Report on sanitation, dispensaries, and jails in Rajputana for 1915, and on vaccination for the year 1915-1916 - 1915-1916
Year: 1915
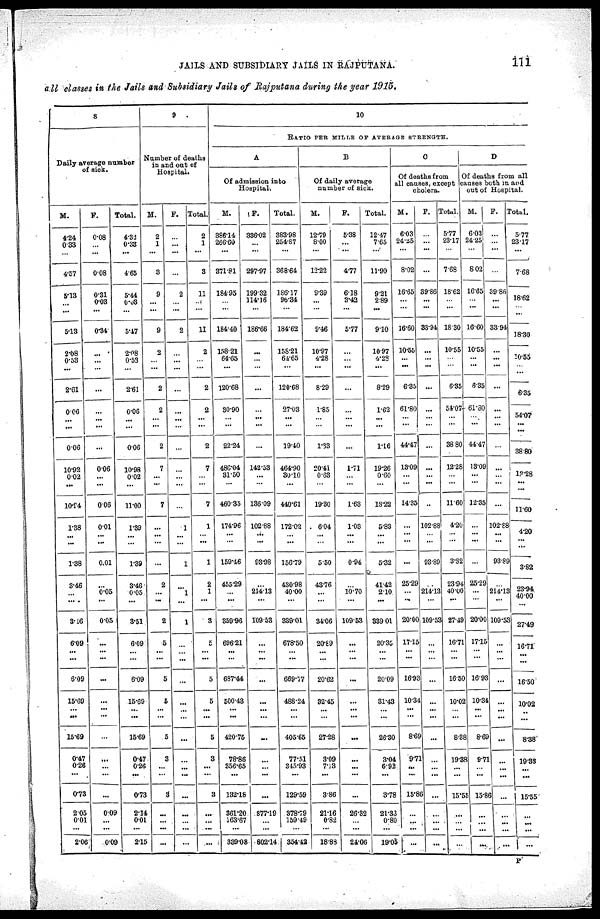
JAILS AND SUBSIDIARY JAILS IN RAJPUTANA.
111
all classes in the Jails and Subsidiary Jails of Rajputana during the year 1915.
8
Daily average number
of sick.
M.
4.24
0.33
...
4.57
5.13
...
...
5.13
2.08
0.53
...
...
2.61
0.06
...
...
0.06
10.92
0.02
...
10.94
1.38
...
...
1.38
3.46
...
...
3.16
6.09
...
...
6.09
15.69
...
...
15.69
0.47
0.26
...
0.73
2.05
0.01
...
2.06
F.
0.08
...
...
0.08
0.31
0.03
...
0.34
...
...
...
...
...
...
...
...
...
0.06
...
...
0.06
0.01
...
...
0.01
...
0.05
...
0.05
...
...
...
...
...
...
...
...
...
...
...
...
0.09
...
...
0.09
Total.
4.32
0.38
...
4.65
5.44
0.03
...
5.47
2.08
0.53
...
...
2.61
0.06
...
...
0.06
10.98
0.02
...
11.00
1.89
...
...
1.39
3.46
0.05
...
3.51
6.09
...
...
6.09
15.69
...
...
15.69
0.47
0.26
...
0.73
2.14
0.01
...
2.15
9
Number of deaths
in and out of
Hospital.
M.
2
1
...
3
9
...
...
9
2
...
...
...
2
2
...
...
2
7
...
...
7
...
...
...
...
2
...
...
2
5
...
5
5
...
...
5
3
...
...
3
...
...
...
...
F.
...
...
...
...
2
...
...
2
...
...
...
...
...
...
...
...
...
...
...
...
1
...
...
1
...
1
...
1
...
...
...
...
...
...
...
...
...
...
...
...
...
...
...
...
Total.
2
1
...
3
11
...
...
11
2
...
...
...
2
2
...
...
2
7
...
...
7
1
...
...
1
2
1
...
3
5
...
...
5
5
...
...
5
3
...
...
3
...
...
...
...
10
RATIO PER MILLE OF AVERAGE STRENGTH.
A
Of admission into
Hospital.
M.
386.14
266.60
...
371.81
184.95
...
...
184.40
158.21
64.65
...
...
120.68
30.90
...
...
22.24
486.04
81.50
...
460.35
174.96
...
...
159.46
455.29
...
...
359.96
696.21
...
...
687.44
500.43
...
...
420.75
78.86
356.65
...
132.18
361.20
163.67
...
339.08
F.
336.02
...
...
297.97
199.32
114.16
...
186.66
...
...
...
... ...
...
...
...
...
142.53
...
...
186.09
102.88
...
...
93.98
...
214.13
...
109.58
...
...
...
...
...
...
...
...
...
...
...
877.19
...
...
802.14
Total.
383.98
254.87
...
368.64
186.17
96.34
...
184.62
158.21
64.65
...
...
120.68
27.03
...
...
19.40
464.90
30.10
...
440.61
172.02
...
...
156.79
430.98
40.00
...
339.01
678.50
...
...
669.77
488.24
...
...
405.65
77.51
345.93
...
129.59
378.79
159.49
...
354.42
B
Of daily average
number of sick.
M.
12.79
8.00
...
12.22
9.39
...
...
9.46
10.97
4.28
...
...
8.29
1.85
...
...
1.33
20.41
0.63
...
19.30
6.04
...
...
5.50
43.76
...
...
34.06
20.89
...
...
20.62
32.45
...
...
27.28
3.09
7.13
...
3.86
21.16
0.82
...
18.88
F.
5.38
...
...
4.77
6.18
3.42
...
5.77
...
...
...
... ...
...
...
...
...
1.71
...
...
1.63
1.03
...
...
0.94
...
10.70
...
109.53
...
...
...
...
...
...
...
...
...
...
...
...
26.32
...
...
24.06
Total.
12.47
7.65
...
11.90
9.21
2.89
...
9.10
1
10.97
4.28
...
...
8.29
1.62
...
...
1.16
19.26
0.60
...
18.22
5.83
...
...
5.32
41.42
2.10
...
389.01
20.35
...
...
20.09
31.43
...
...
26.30
3.04
6.92
...
3.78
2l.33
0.80
...
19.05
C
Of deaths from
all causes, except
cholera.
M.
6.03
24.25
...
8.02
16.65
...
...
16.60
10.55
...
...
... 6.35
61.80
...
...
44.47
13.09
...
...
14.35
...
...
...
...
25.29
...
...
20.00
17.15
...
...
16.93
10.34
...
...
8.69
9.71
...
...
15.86
...
...
...
...
F.
...
...
...
...
39.86
...
...
33.94
...
...
...
... ...
...
...
...
...
...
...
...
...
102.88
...
...
93.89
...
214.13
...
109.53
...
...
...
...
...
...
...
...
...
...
...
...
...
...
...
...
Total.
5.77
23.17
...
763
18.62
...
...
18.30
10.55
...
...
... 6.35
54.07
...
...
38.80
12.28
...
...
11.60
4.20
...
...
3.82
23.94
40.00
...
27.49
16.71
...
...
16.50
10.02
...
...
8.38
19.38
...
...
15.55
...
...
...
...
D
Of deaths from all
causes both in and
out of Hospital.
M.
6.03
24.25
...
8.02
16.65
...
...
16.60
10.55
...
...
... 6.35
61.30
...
...
44.47
13.09
...
...
12.35
...
...
...
...
25.29
...
...
20.00
17.15
...
...
16.93
10.34
...
...
8.69
9.71
...
...
15.86
...
...
...
...
F.
...
...
...
...
39.86
...
...
33.94
...
...
...
... ...
...
...
...
...
...
...
...
102.88
...
...
93.89
...
214.13
...
109.53
...
...
...
...
...
...
...
...
...
...
...
...
...
...
...
...
Total.
5.77
23.17
...
7.68
18.62
18.62
...
18.30
10.55
10.55
...
...
6.35
...
54.07
...
38.80
12.28
...
...
11.60
4.20
...
...
3.82
23.94
40.00
...
27.49
16.71
...
...
16.50
10.02
...
...
8.38
19.38
...
...
15.55
...
...
...
...
P